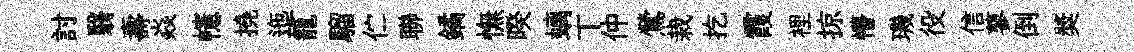
討翳壽焱幰撓迤籠騮伫聯鐍憮暌螭丅仲鶯栽扢霞裡掠懵璣役信蓼倒奬